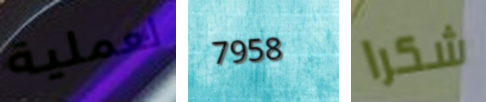
لعملية 7958 شكرا